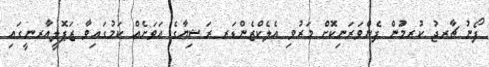
ފޯނު ޗާރޖު ކުރމަުން ފެންވަރަނިކޮަށް މަރުވި އެލެކްޒެންޑަރ ރަޝިޔާގެ އަވަށެއް ކަމުގައިވާ ޒަޕޮލީއާރނީގައި